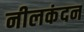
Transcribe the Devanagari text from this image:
नीलकंदन